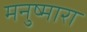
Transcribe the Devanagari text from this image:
मनुष्मारा